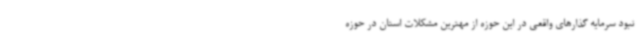
نبود سرمایه گذارهای واقعی در این حوزه از مهترین مشکلات استان در حوزه